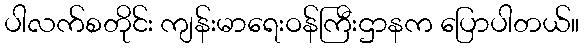
ပါလက်စတိုင်း ကျန်းမာရေးဝန်ကြီးဌာနက ပြောပါတယ်။